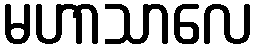
မဟာသာလေ